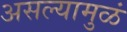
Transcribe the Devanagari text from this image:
असल्यामुळं